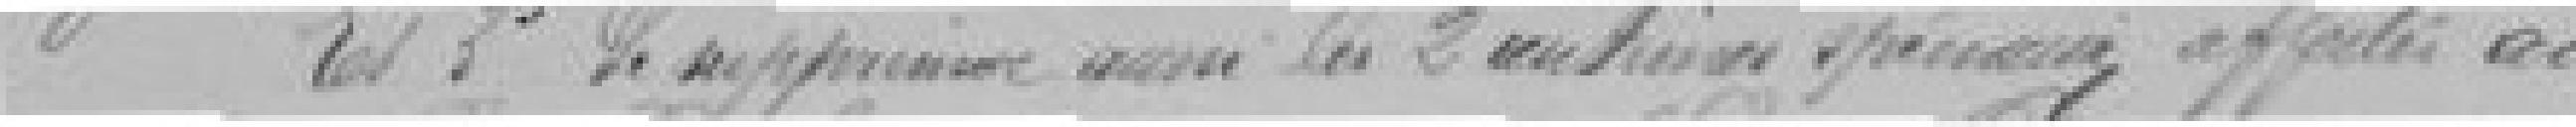
Les 3ème de supprimer aussi les 2 centimes spéciaux affectés au